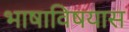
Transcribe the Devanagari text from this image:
भाषाविषयास